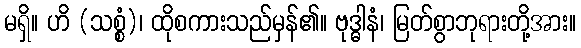
မရှိ။ ဟိ (သစ္စံ)၊ ထိုစကားသည်မှန်၏။ ဗုဒ္ဓါနံ၊ မြတ်စွာဘုရားတို့အား။